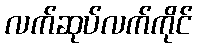
လက်ဆုပ်လက်ကိုင်